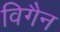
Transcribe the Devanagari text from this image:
विगैन